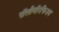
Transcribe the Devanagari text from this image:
पॉलीमॉरफिज़्म